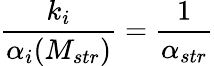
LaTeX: \frac{k_{i}}{\alpha_{i}(M_{str})}={\frac{1}{\alpha_{str}}}